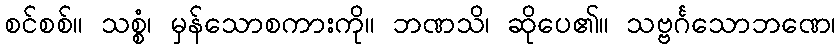
စင်စစ်။ သစ္စံ၊ မှန်သောစကားကို။ ဘဏသိ၊ ဆိုပေ၏။ သဗ္ဗင်္ဂသောဘဏေ၊